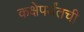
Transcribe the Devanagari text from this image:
कक्षेपर्यंतची